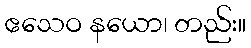
ဧသေဝ နယော၊ တည်း။